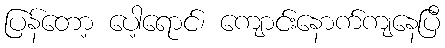
ပြန်တော့ ပော့ရောင်၊ ကျောင်းနောက်ကျနေပြီ